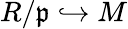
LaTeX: R/{\mathfrak{p}}\hookrightarrow M